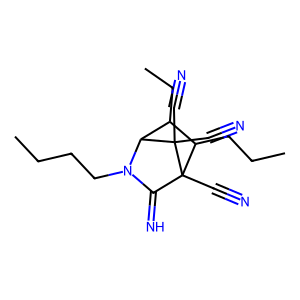
SMILES: CCCCN1C(=N)C2(C#N)C(CCC)C(CC)C1C2(C#N)C#N
Inhibits HIV replication: No